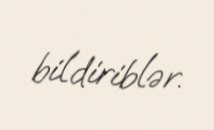
bildiriblər.